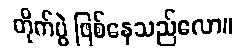
တိုက်ပွဲ ဖြစ်နေသည်လော။